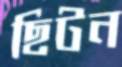
ছিটন